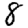
Digit: 8